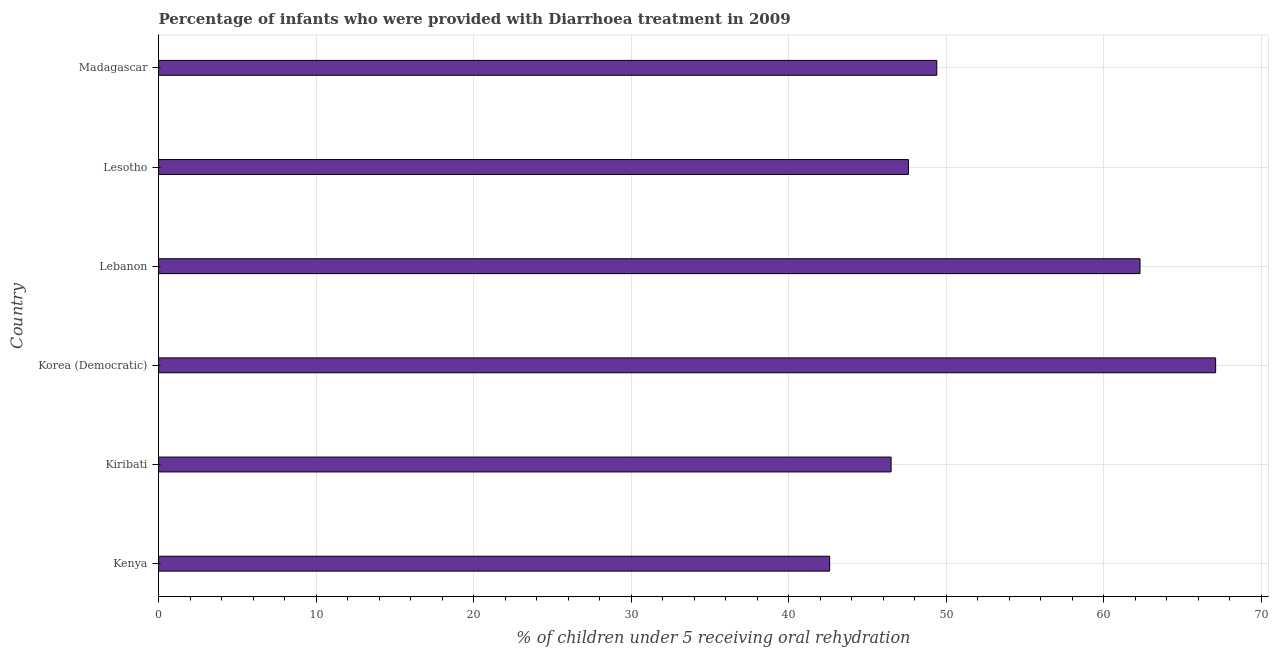
| Country | Diarrhea treatment |
 | --- | --- |
 | Kenya | 42.6 |
 | Kiribati | 46.5 |
 | Korea (Democratic) | 67.1 |
 | Lebanon | 62.3 |
 | Lesotho | 47.6 |
 | Madagascar | 49.4 |